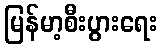
မြန်မာ့စီးပွားရေး